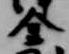
金